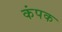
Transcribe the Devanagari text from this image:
कंपक